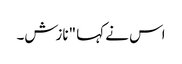
اس نے کہا "نازش۔